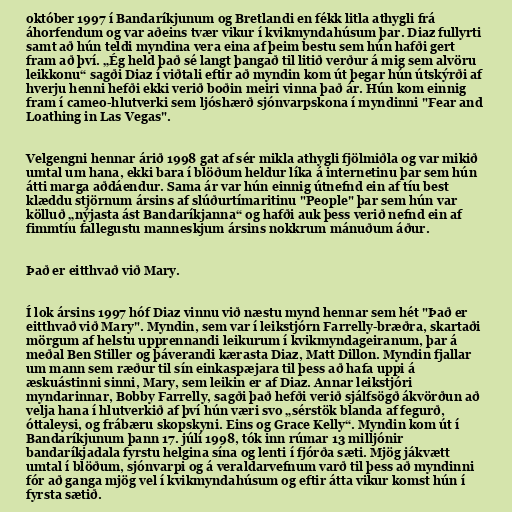
október 1997 í Bandaríkjunum og Bretlandi en fékk litla athygli frá
áhorfendum og var aðeins tvær vikur í kvikmyndahúsum þar. Diaz fullyrti
samt að hún teldi myndina vera eina af þeim bestu sem hún hafði gert
fram að því. „Ég held það sé langt þangað til litið verður á mig sem alvöru
leikkonu“ sagði Diaz í viðtali eftir að myndin kom út þegar hún útskýrði af
hverju henni hefði ekki verið boðin meiri vinna það ár. Hún kom einnig
fram í cameo-hlutverki sem ljóshærð sjónvarpskona í myndinni "Fear and
Loathing in Las Vegas".

Velgengni hennar árið 1998 gat af sér mikla athygli fjölmiðla og var mikið
umtal um hana, ekki bara í blöðum heldur líka á internetinu þar sem hún
átti marga aðdáendur. Sama ár var hún einnig útnefnd ein af tíu best
klæddu stjörnum ársins af slúðurtímaritinu "People" þar sem hún var
kölluð „nýjasta ást Bandaríkjanna“ og hafði auk þess verið nefnd ein af
fimmtíu fallegustu manneskjum ársins nokkrum mánuðum áður.

Það er eitthvað við Mary.

Í lok ársins 1997 hóf Diaz vinnu við næstu mynd hennar sem hét "Það er
eitthvað við Mary". Myndin, sem var í leikstjórn Farrelly-bræðra, skartaði
mörgum af helstu upprennandi leikurum í kvikmyndageiranum, þar á
meðal Ben Stiller og þáverandi kærasta Diaz, Matt Dillon. Myndin fjallar
um mann sem ræður til sín einkaspæjara til þess að hafa uppi á
æskuástinni sinni, Mary, sem leikin er af Diaz. Annar leikstjóri
myndarinnar, Bobby Farrelly, sagði það hefði verið sjálfsögð ákvörðun að
velja hana í hlutverkið af því hún væri svo „sérstök blanda af fegurð,
óttaleysi, og frábæru skopskyni. Eins og Grace Kelly“. Myndin kom út í
Bandaríkjunum þann 17. júlí 1998, tók inn rúmar 13 milljónir
bandaríkjadala fyrstu helgina sína og lenti í fjórða sæti. Mjög jákvætt
umtal í blöðum, sjónvarpi og á veraldarvefnum varð til þess að myndinni
fór að ganga mjög vel í kvikmyndahúsum og eftir átta vikur komst hún í
fyrsta sætið.